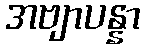
အဗျာပန္နာ